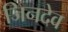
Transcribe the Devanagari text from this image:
जिनदेव